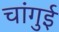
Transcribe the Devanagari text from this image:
चांगुई